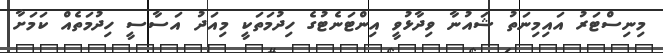
މިނިސްޓަރު އައިމިނަތު ޝައުނާ ވިދާޅުވީ އިންޓަނެޓުގެ ހިދުމަތަކީ މިއަދު އަސާސީ ހިދުމަތެއް ކަމަށާ